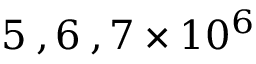
5 \: , 6 \: , 7 \times 1 0 ^ { 6 }